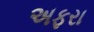
અફરા